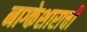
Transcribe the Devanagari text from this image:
नाग्केशाराची